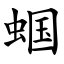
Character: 蝈